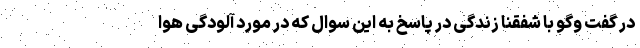
در گفت وگو با شفقنا زندگی در پاسخ به این سوال که در مورد آلودگی هوا